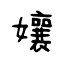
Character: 孃